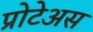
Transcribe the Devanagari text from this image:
प्रोटेअस